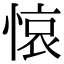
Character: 𢜺